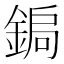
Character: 𮢑